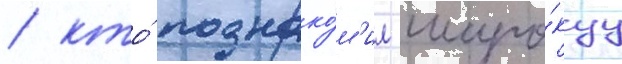
/ кто́ познако́м'ил широ́куу